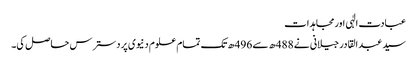
عبادت الٰہی اورمجاہدات
سید عبد القادر جیلانی نے 488ھ سے 496ھ تک تمام علوم دنیوی پردسترس حاصل کی۔